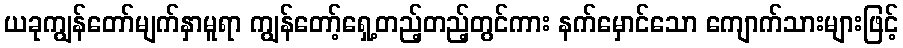
ယခုကျွန်တော်မျက်နှာမူရာ ကျွန်တော့်ရှေ့တည့်တည့်တွင်ကား နက်မှောင်သော ကျောက်သားများဖြင့်